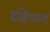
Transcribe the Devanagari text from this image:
दक्षिणास्यां